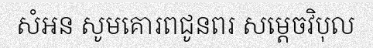
សំអន សូមគោរពជូនពរ សម្តេចវិបុល